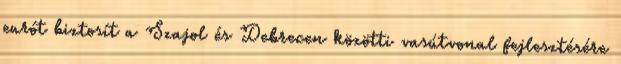
eurót biztosít a Szajol és Debrecen közötti vasútvonal fejlesztésére